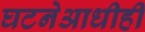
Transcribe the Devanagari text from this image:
घटनेआधीही